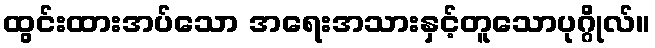
ထွင်းထားအပ်သော အရေးအသားနှင့်တူသောပုဂ္ဂိုလ်။